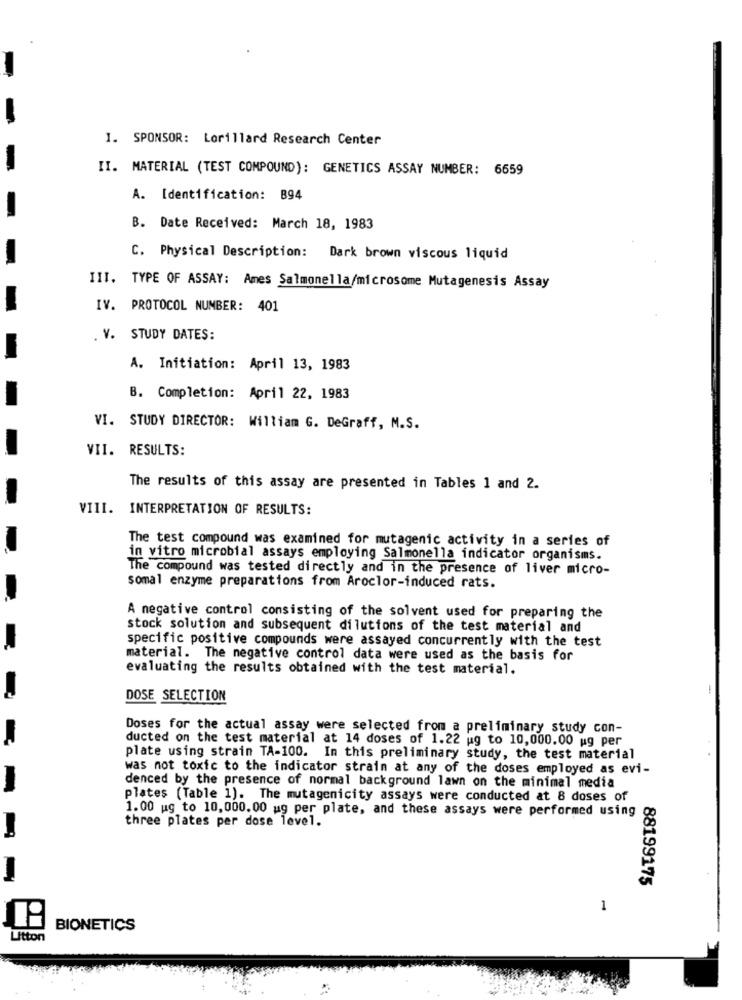
I. SPONSOR: Lorillard Research Center
II. MATERIAL (TEST COMPOUND): GENETICS ASSAY NUMBER: 6659
A. Identification: B94
B. Date Received: March 18, 1983
C. Physical Description: Dark brown viscous liquid
III. TYPE OF ASSAY: Ames Salmonella/microsome Mutagenesis Assay
IV. PROTOCOL NUMBER: 401
. V. STUDY DATES:
A. Initiation: April 13, 1983
B. Completion: April 22, 1983
VI. STUDY DIRECTOR: William G. DeGraff, M.S.
VII. RESULTS:
The results of this assay are presented in Tables 1 and 2.
VIII. INTERPRETATION OF RESULTS:
The test compound was examined for mutagenic activity in a series of
in vitro microbial assays employing Salmonella indicator organisms.
The compound was tested directly and in the presence of liver micro-
somal enzyme preparations from Aroclor-induced rats.
A negative control consisting of the solvent used for preparing the
stock solution and subsequent dilutions of the test material and
specific positive compounds were assayed concurrently with the test
material. The negative control data were used as the basis for
evaluating the results obtained with the test material.
DOSE SELECTION
Doses for the actual assay were selected from a preliminary study con-
ducted on the test material at 14 doses of 1.22 ug to 10,000.00 ug per
plate using strain TA-100. In this preliminary study, the test material
was not toxic to the indicator strain at any of the doses employed as evi-
denced by the presence of normal background lawn on the minimal media
plates (Table 1). The mutagenicity assays were conducted at 8 doses of
1.00 ug to 10,000.00 ug per plate, and these assays were performed using
three plates per dose level.
88199175
1
BIONETICS
Litton